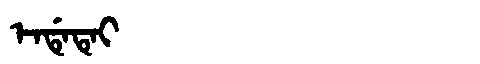
Manchu: ᡝᠨᡩᡝᡨᡝᡳ
Romanization: ENDETEI